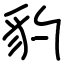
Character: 豹